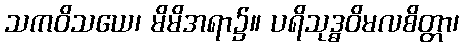
သကဝိသယေ၊ မိမိအရာ၌။ ပရိသုဒ္ဓဝိမလစိတ္တာ၊